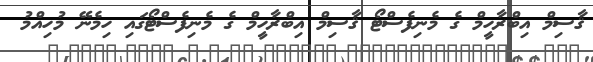
ޤާސިމް އިބްރާހީމް ގެ މެނިފެސްޓޯ ޤާސިމް އިބްރާހީމް ގެ މެނިފެސްޓޯގައި ހިމެނޭ މުހިއްމު